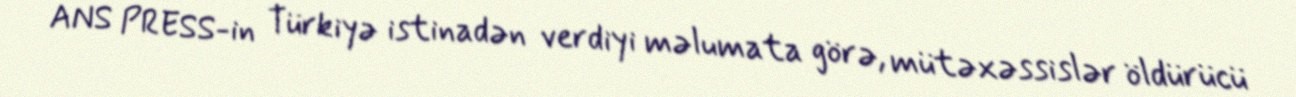
ANS PRESS-in Türkiyə istinadən verdiyi məlumata görə, mütəxəssislər öldürücü